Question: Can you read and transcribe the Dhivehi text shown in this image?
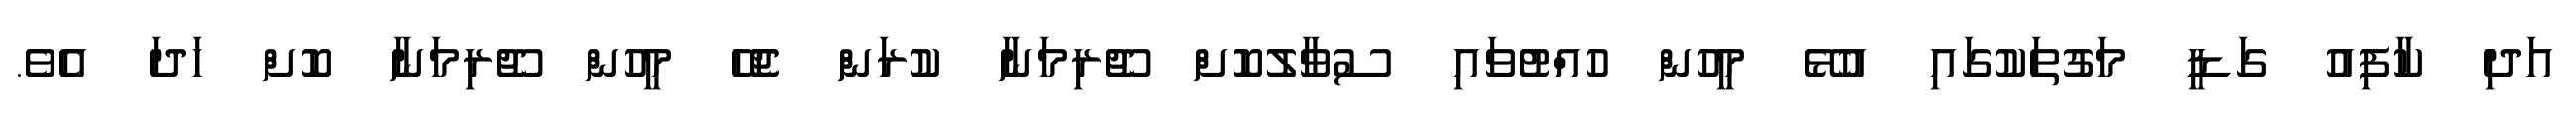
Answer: އަދި ކާފިއު ގަޑީ މަގުތަކުގައި އުޅޭ މީހުން ހުއްޓުވައި ސުވާލުކޮށް ޖޫރިމަނާ ކުރަން ޖެހޭ މީހުން ޖޫރިމަނާ ކޮށް ހަދަ އެވެ.